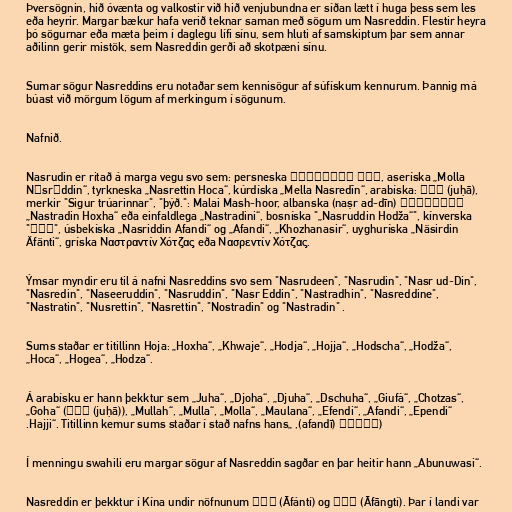
Þversögnin, hið óvænta og valkostir við hið venjubundna er síðan lætt í huga þess sem les
eða heyrir. Margar bækur hafa verið teknar saman með sögum um Nasreddin. Flestir heyra
þó sögurnar eða mæta þeim í daglegu lífi sínu, sem hluti af samskiptum þar sem annar
aðilinn gerir mistök, sem Nasreddin gerði að skotpæni sínu.

Sumar sögur Nasreddins eru notaðar sem kennisögur af súfískum kennurum. Þannig má
búast við mörgum lögum af merkingum í sögunum.

Nafnið.

Nasrudin er ritað á marga vegu svo sem: persneska ملا نصرالدین, aseríska „Molla
Nəsrəddin“, tyrkneska „Nasrettin Hoca“, kúrdíska „Mella Nasredîn“, arabíska: جحا (juḥā),
نصرالدين (naṣr ad-dīn) merkir "Sigur trúarinnar", "þýð.": Malai Mash-hoor, albanska
„Nastradin Hoxha“ eða einfaldlega „Nastradini“, bosníska "„Nasruddin Hodža“", kínverska
"阿凡提", úsbekíska „Nasriddin Afandi“ og „Afandi“, „Khozhanasir“, uyghuríska „Näsirdin
Äfänti“, gríska Ναστραντίν Χότζας eða Νασρεντίν Χότζας.

Ýmsar myndir eru til á nafni Nasreddins svo sem "Nasrudeen", "Nasrudin", "Nasr ud-Din",
"Nasredin", "Naseeruddin", "Nasruddin", "Nasr Eddin", "Nastradhin", "Nasreddine",
"Nastratin", "Nusrettin", "Nasrettin", "Nostradin" og "Nastradin" .

Sums staðar er titillinn Hoja: „Hoxha“, „Khwaje“, „Hodja“, „Hojja“, „Hodscha“, „Hodža“,
„Hoca“, „Hogea“, „Hodza“.

Á arabísku er hann þekktur sem „Juha“, „Djoha“, „Djuha“, „Dschuha“, „Giufà“, „Chotzas“,
„Goha“ (جحا (juḥā)), „Mullah“, „Mulla“, „Molla“, „Maulana“, „Efendi“, „Afandi“, „Ependi“
(أفندي (afandī), „Hajji“. Titillinn kemur sums staðar í stað nafns hans.

Í menningu swahili eru margar sögur af Nasreddin sagðar en þar heitir hann „Abunuwasi“.

Nasreddin er þekktur í Kína undir nöfnunum 阿凡提 (Āfántí) og 阿方提 (Āfāngtí). Þar í landi var